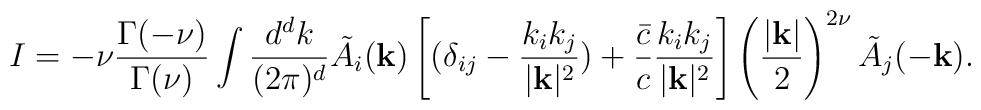
I = -\nu {\Gamma(-\nu) \over \Gamma(\nu)} \int {d^dk \over (2\pi)^d}    \tilde{A}_i({\bf k}) \left[ (\delta_{ij} - {k_i k_j \over |{\bf k}|^2} )    +{\bar{c} \over c} {k_i k_j \over |{\bf k}|^2} \right]     \left({|{\bf k}| \over 2}\right)^{2\nu}\tilde{A}_j(-{\bf k}).